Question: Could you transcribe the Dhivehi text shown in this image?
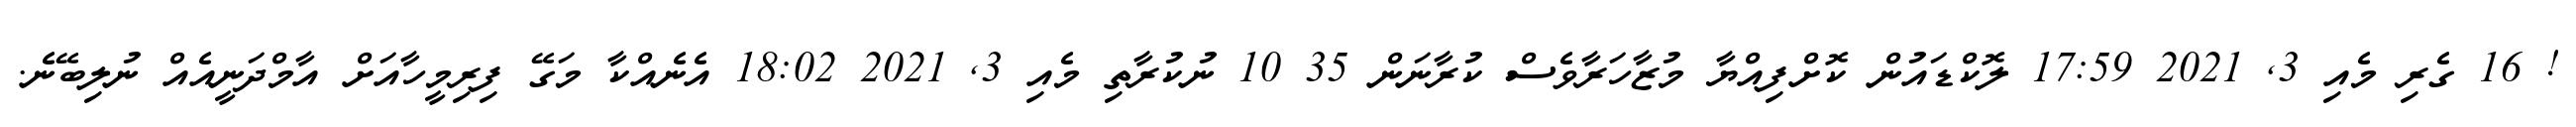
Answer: ! 16 ގެރި މެއި 3, 2021 17:59 ލޮކްޑައުން ކޮށްފިއްޔާ މުޒާހަރާވެސް ކުރާނަން 35 10 ނުކުރާތި މެއި 3, 2021 18:02 އެނެއްކާ މަގޭ ފިރިމީހާއަށް އާމްދަނީއެއް ނުލިބޭނެ.